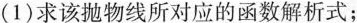
1)求该抛物线所对应的函数解析式；